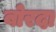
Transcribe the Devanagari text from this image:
बोरदा